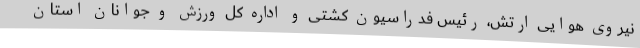
نیروی هوایی ارتش، رئیس فدراسیون کشتی و اداره کل ورزش و جوانان استان